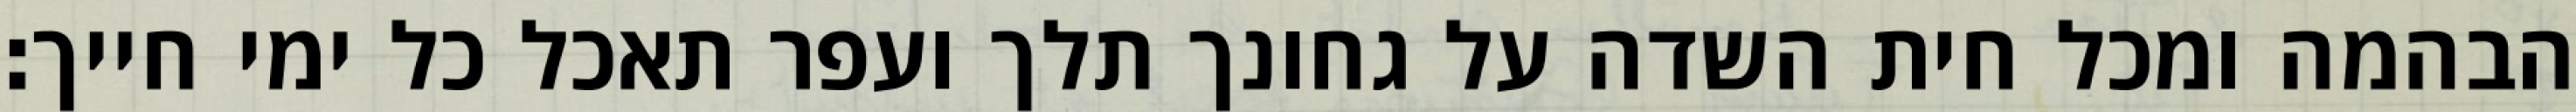
הבהמה ומכל חית השדה על גחונך תלך ועפר תאכל כל ימי חייך׃